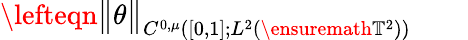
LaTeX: \begin{array}{rl}{\lefteqn{\big\| \theta\big\| _{C^{0,\mu}([0,1];L^{2}(\ensuremath{\mathbb{T}}^{2}))}}\quad}&{{}}\end{array}